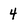
Character: 4